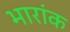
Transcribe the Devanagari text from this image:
भारांक